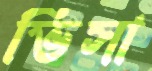
ভিসা